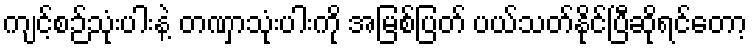
ကျင့်စဉ်သုံးပါးနဲ့ တဏှာသုံးပါးကို အမြစ်ပြတ် ပယ်သတ်နိုင်ပြီဆိုရင်တော့